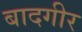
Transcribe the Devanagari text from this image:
बादगीर